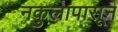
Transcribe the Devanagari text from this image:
नकुलापासून